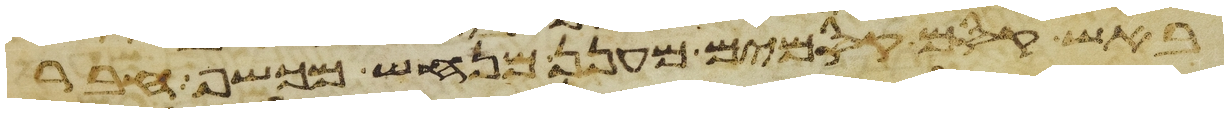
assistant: באש קסם קסמים מענן מנחש מכשף חבר